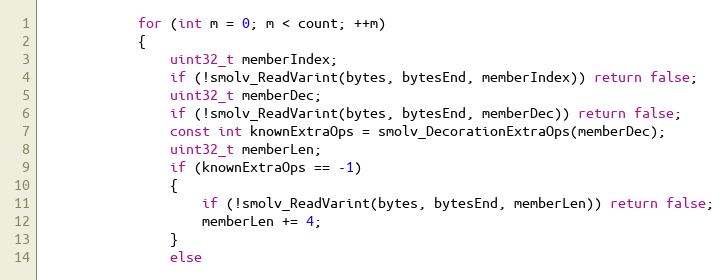
Language: C++
			for (int m = 0; m < count; ++m)
			{
				uint32_t memberIndex;
				if (!smolv_ReadVarint(bytes, bytesEnd, memberIndex)) return false;
				uint32_t memberDec;
				if (!smolv_ReadVarint(bytes, bytesEnd, memberDec)) return false;
				const int knownExtraOps = smolv_DecorationExtraOps(memberDec);
				uint32_t memberLen;
				if (knownExtraOps == -1)
				{
					if (!smolv_ReadVarint(bytes, bytesEnd, memberLen)) return false;
					memberLen += 4;
				}
				else